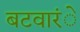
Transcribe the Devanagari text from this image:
बटवारंे